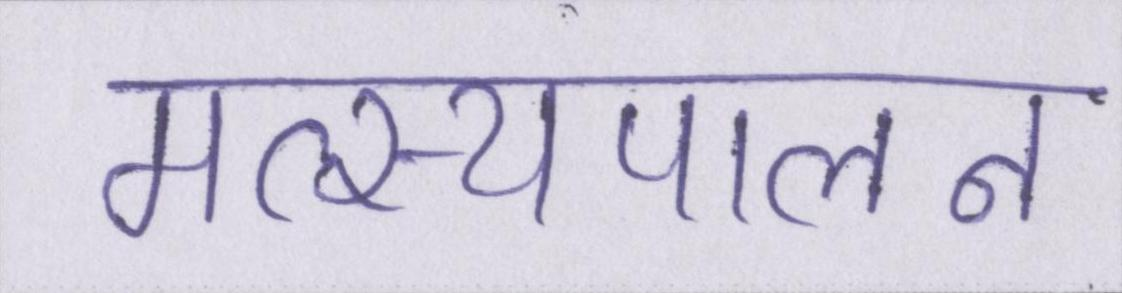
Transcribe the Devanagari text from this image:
मत्स्यपालन